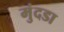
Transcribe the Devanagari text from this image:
मुंदडा